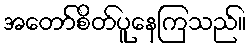
အတော်စိတ်ပူနေကြသည်။